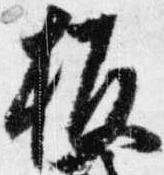
板